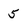
Character: 5